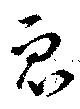
衆